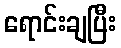
ရောင်းချပြီး